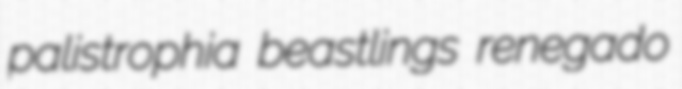
palistrophia beastlings renegado